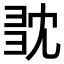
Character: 𢑝